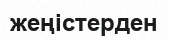
жеңістерден